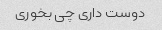
دوست داری چی بخوری